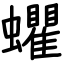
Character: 蠷